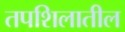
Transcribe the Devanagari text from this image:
तपशिलातील